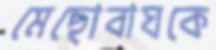
মেছোবাঘকে